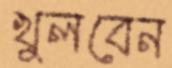
খুলবেন